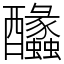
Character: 䤙